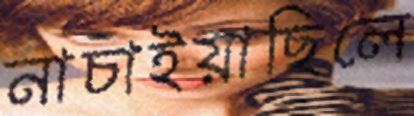
নাচাইয়াছিলে